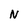
Character: N